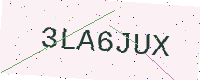
Text: 3LA6JUX